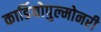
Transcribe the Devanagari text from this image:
कार्डियोपुल्मोनरी